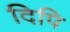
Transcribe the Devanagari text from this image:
दिपि